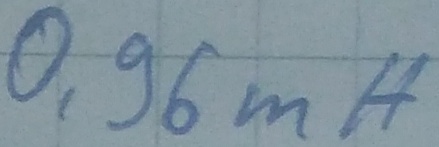
Text: 0,96mH